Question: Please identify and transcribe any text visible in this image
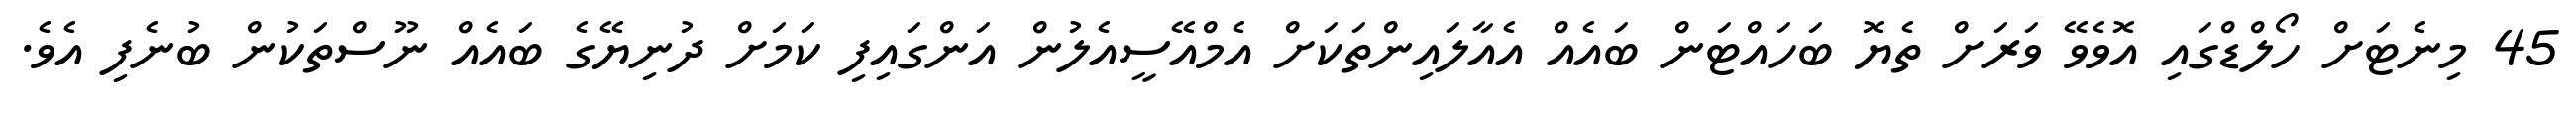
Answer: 45 މިނެޓަށް ހޯލްޑްގައި އޮވެވޭ ވަރަށް ތެޔޮ ބަހައްޓަން ބައެއް އެއާލައިންތަކަށް އެމްއޭސީއެލުން އަންގައިފި ކަމަށް ދުނިޔޭގެ ބައެއް ނޫސްތަކުން ބުނެފި އެވެ.